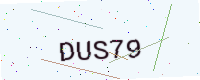
Text: DUS79